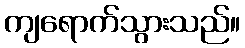
ကျရောက်သွားသည်။